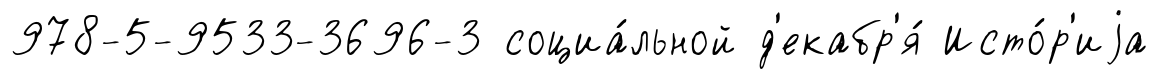
978-5-9533-3696-3 социа́льной д'екабр'я́ Исто́р'иjа